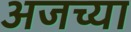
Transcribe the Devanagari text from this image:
अजच्या